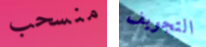
منسحب التجويف